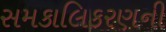
સમકાલિકરણની